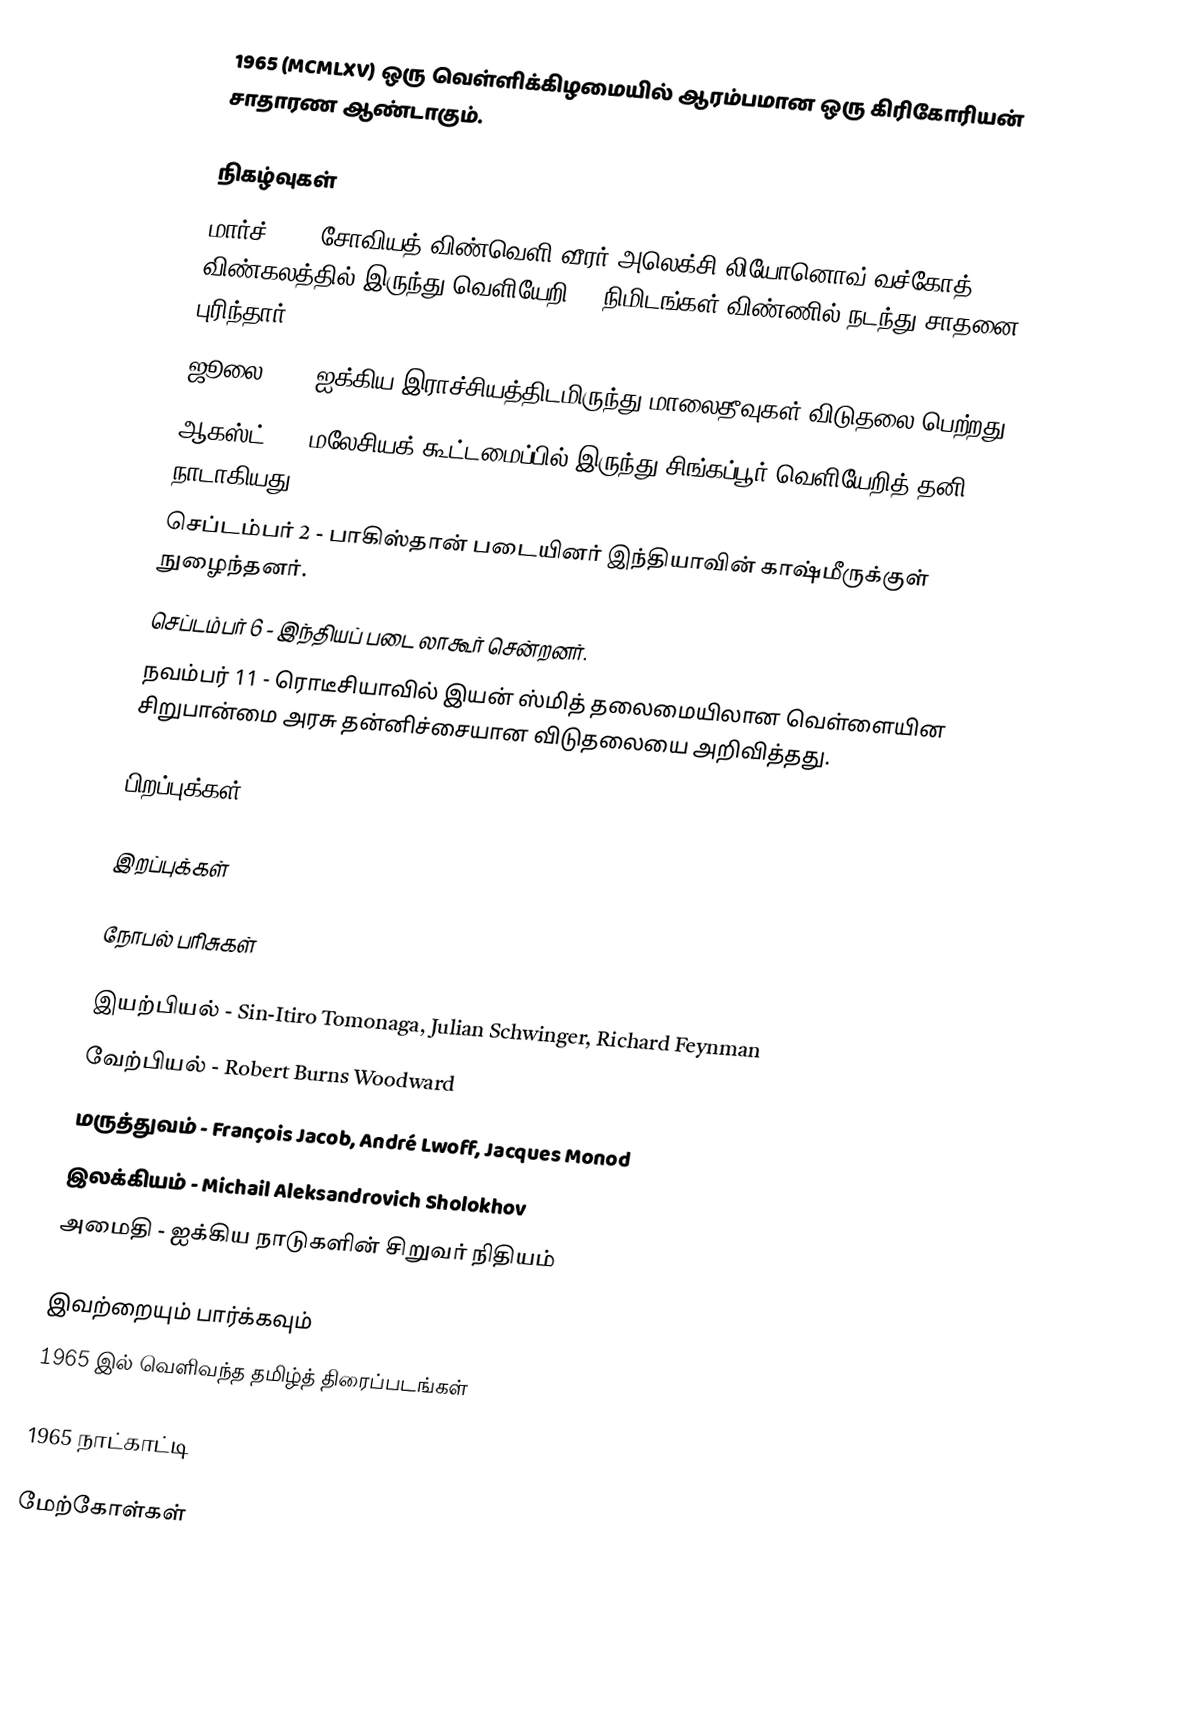
1965  (MCMLXV) ஒரு வெள்ளிக்கிழமையில் ஆரம்பமான ஒரு கிரிகோரியன் சாதாரண ஆண்டாகும்.

நிகழ்வுகள்
 மார்ச் 18 - சோவியத் விண்வெளி வீரர் அலெக்சி லியோனொவ் வச்கோத் 2 விண்கலத்தில் இருந்து வெளியேறி 12 நிமிடங்கள் விண்ணில் நடந்து சாதனை புரிந்தார்.
ஜூலை 26 - ஐக்கிய இராச்சியத்திடமிருந்து மாலைதீவுகள் விடுதலை பெற்றது.
 ஆகஸ்ட் 9 - மலேசியக் கூட்டமைப்பில் இருந்து சிங்கப்பூர் வெளியேறித் தனி நாடாகியது.
 செப்டம்பர் 2 - பாகிஸ்தான் படையினர் இந்தியாவின் காஷ்மீருக்குள் நுழைந்தனர்.
 செப்டம்பர் 6 - இந்தியப் படை லாகூர் சென்றனர்.
 நவம்பர் 11 - ரொடீசியாவில் இயன் ஸ்மித் தலைமையிலான வெள்ளையின சிறுபான்மை அரசு தன்னிச்சையான விடுதலையை அறிவித்தது.

பிறப்புக்கள்

இறப்புக்கள்

நோபல் பரிசுகள்

 இயற்பியல் - Sin-Itiro Tomonaga, Julian Schwinger, Richard Feynman
 வேற்பியல் - Robert Burns Woodward
 மருத்துவம் - François Jacob, André Lwoff, Jacques Monod
 இலக்கியம் - Michail Aleksandrovich Sholokhov
 அமைதி - ஐக்கிய நாடுகளின் சிறுவர் நிதியம்

இவற்றையும் பார்க்கவும்
 1965 இல் வெளிவந்த தமிழ்த் திரைப்படங்கள்

1965 நாட்காட்டி

மேற்கோள்கள்